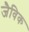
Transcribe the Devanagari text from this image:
जैविक